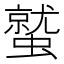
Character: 𮕀